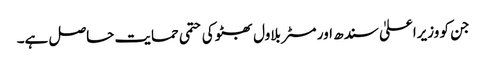
جن کو وزیراعلیٰ سندھ اور مسٹر بلاول بھٹو کی حتمی حمایت حاصل ہے۔